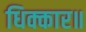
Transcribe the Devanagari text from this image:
धिक्कार॥